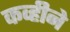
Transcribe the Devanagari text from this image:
कव्हीने